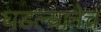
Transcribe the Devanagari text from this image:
घडल्यानेच